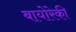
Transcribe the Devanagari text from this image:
बायोरेकी